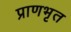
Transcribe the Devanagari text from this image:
प्राणभृत